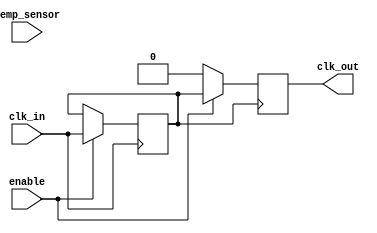
module temp_comp_clock_buffer (
    input wire clk_in,               // Input clock from high-frequency oscillator
    input wire [7:0] temp_sensor,    // 8-bit temperature sensor output
    input wire enable,                // Enable signal for clock output
    output reg clk_out                // Compensated clock output
);

    // Parameters for compensation logic
    parameter TEMP_LOW = 8'd0;       // Minimum temperature
    parameter TEMP_HIGH = 8'd100;     // Maximum temperature
    parameter CLK_FREQ_BASE = 100;    // Base clock frequency in MHz

    // Compensation logic variables
    reg [7:0] compensation_factor;     // Compensation factor based on temperature
    reg [7:0] adjusted_clk_freq;       // Adjusted clock frequency

    // PLL parameters (for simulation purposes)
    reg [7:0] pll_multiplier;          // PLL multiplier
    reg [7:0] pll_divider;             // PLL divider

    // Clock buffer stages (example)
    reg [1:0] buffer_stage;            // Buffer stage counter
    reg clk_buffered;                  // Buffered clock signal

    // Temperature compensation logic
    always @(temp_sensor) begin
        if (temp_sensor < TEMP_LOW) begin
            compensation_factor = 8'd10; // Increase frequency
        end else if (temp_sensor > TEMP_HIGH) begin
            compensation_factor = 8'd5;  // Decrease frequency
        end else begin
            compensation_factor = 8'd7;  // Nominal condition
        end
        adjusted_clk_freq = CLK_FREQ_BASE + compensation_factor;
    end

    // PLL configuration (simple model)
    always @(adjusted_clk_freq) begin
        pll_multiplier = adjusted_clk_freq / 10; // Example multiplier
        pll_divider = 1; // Fixed divider for simplicity
    end

    // Clock buffering logic
    always @(posedge clk_in) begin
        if (enable) begin
            buffer_stage <= buffer_stage + 1;
            clk_buffered <= clk_in; // Simple buffering
        end
    end

    // Output clock generation
    always @(posedge clk_buffered) begin
        if (enable) begin
            clk_out <= clk_buffered; // Output the buffered clock
        end else begin
            clk_out <= 1'b0; // Disable output when not enabled
        end
    end

endmodule